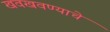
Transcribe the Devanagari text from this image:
खवखवण्याचे